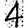
Digit: 4